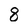
Character: 8